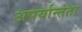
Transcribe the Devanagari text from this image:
अपर्यान्तता